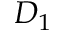
D _ { 1 }